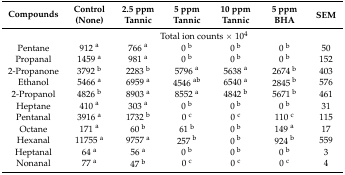
<table><thead><tr><td rowspan="2"><b>Compounds</b></td><td><b>Control</b></td><td><b>2.5 ppm</b></td><td><b>5 ppm</b></td><td><b>10 ppm</b></td><td><b>5 ppm</b></td><td rowspan="2"><b>SEM</b></td></tr><tr><td><b>(None)</b></td><td><b>Tannic</b></td><td><b>Tannic</b></td><td><b>Tannic</b></td><td><b>BHA</b></td></tr></thead><tbody><tr><td></td><td colspan="6">Total ion counts × 10<sup>4</sup></td></tr><tr><td>Pentane</td><td>912 <sup>a</sup></td><td>766 <sup>a</sup></td><td>0 <sup>b</sup></td><td>0 <sup>b</sup></td><td>0 <sup>b</sup></td><td>50</td></tr><tr><td>Propanal</td><td>1459 <sup>a</sup></td><td>981 <sup>a</sup></td><td>0 <sup>b</sup></td><td>0 <sup>b</sup></td><td>0 <sup>b</sup></td><td>152</td></tr><tr><td>2-Propanone</td><td>3792 <sup>b</sup></td><td>2283 <sup>b</sup></td><td>5796 <sup>a</sup></td><td>5638 <sup>a</sup></td><td>2674 <sup>b</sup></td><td>403</td></tr><tr><td>Ethanol</td><td>5466 <sup>a</sup></td><td>6959 <sup>a</sup></td><td>4546 <sup>ab</sup></td><td>6540 <sup>a</sup></td><td>2845 <sup>b</sup></td><td>576</td></tr><tr><td>2-Propanol</td><td>4826 <sup>b</sup></td><td>8903 <sup>a</sup></td><td>8552 <sup>a</sup></td><td>4842 <sup>b</sup></td><td>5671 <sup>b</sup></td><td>461</td></tr><tr><td>Heptane</td><td>410 <sup>a</sup></td><td>303 <sup>a</sup></td><td>0 <sup>b</sup></td><td>0 <sup>b</sup></td><td>0 <sup>b</sup></td><td>31</td></tr><tr><td>Pentanal</td><td>3916 <sup>a</sup></td><td>1732 <sup>b</sup></td><td>0 <sup>c</sup></td><td>0 <sup>c</sup></td><td>110 <sup>c</sup></td><td>115</td></tr><tr><td>Octane</td><td>171 <sup>a</sup></td><td>60 <sup>b</sup></td><td>61 <sup>b</sup></td><td>0 <sup>b</sup></td><td>149 <sup>a</sup></td><td>17</td></tr><tr><td>Hexanal</td><td>11755 <sup>a</sup></td><td>9757 <sup>a</sup></td><td>257 <sup>b</sup></td><td>0 <sup>b</sup></td><td>924 <sup>b</sup></td><td>559</td></tr><tr><td>Heptanal</td><td>64 <sup>a</sup></td><td>56 <sup>a</sup></td><td>0 <sup>b</sup></td><td>0 <sup>b</sup></td><td>0 <sup>b</sup></td><td>3</td></tr><tr><td>Nonanal</td><td>77 <sup>a</sup></td><td>47 <sup>b</sup></td><td>0 <sup>c</sup></td><td>0 <sup>c</sup></td><td>0 <sup>c</sup></td><td>4</td></tr></tbody></table>